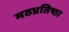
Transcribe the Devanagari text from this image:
मठप्रतिष्ठा